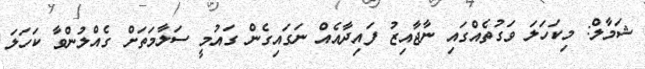
ޝަމާލް: މިކަހަލަ ވަގުތެއްގައި ނާޖާއިޒު ފައިދާއެއް ނަގައިގެން ގައުމީ ސަލާމަތަށް ގެއްލުންވާ ކަހަލަ